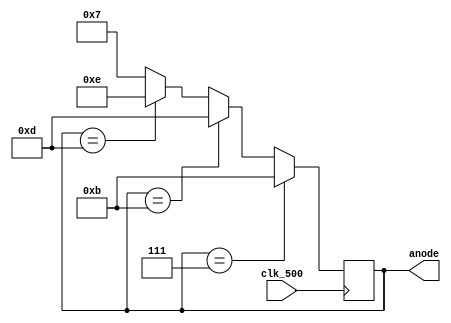
`timescale 1ns / 1ps
//////////////////////////////////////////////////////////////////////////////////
// Company: 
// Engineer: 
// 
// Design Name: 
// Module Name: RingCounter
// Project Name: 
// Target Devices: 
// Tool Versions: 
// Description: 
// 
// Dependencies: 
// 
// Revision:
// Revision 0.01 - File Created
// Additional Comments:
// 
//////////////////////////////////////////////////////////////////////////////////


module RingCounter(anode,clk_500);
    output [3:0] anode;
    input clk_500;
    
    reg [3:0] anode=4'b0111;
    
    always @(posedge clk_500)begin
 begin
        if (anode==4'b0111) anode<=4'b1011;
        else if (anode==4'b1011) anode<=4'b1101;
        else if (anode==4'b1101) anode<=4'b1110;
        else if (anode==4'b1110) anode<=4'b0111;
        else anode<=4'b0111;
        end
    end

endmodule